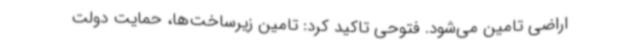
اراضی تامین می‌شود. فتوحی تاکید کرد: تامین زیرساخت‌ها، حمایت دولت